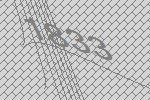
1833